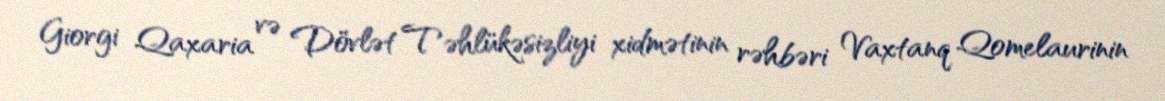
Giorgi Qaxaria və Dövlət Təhlükəsizliyi xidmətinin rəhbəri Vaxtanq Qomelaurinin